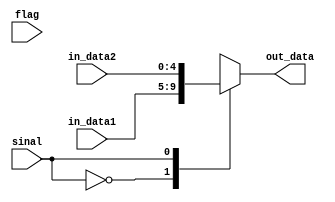
module MUX3(flag, sinal, in_data1, in_data2, out_data);

parameter                    data_bits = 4;
// input                        clk;
input                        sinal;
input 						 flag;
input    [data_bits:0]       in_data1;
input    [data_bits:0]       in_data2;
output   [data_bits:0]       out_data;
reg      [data_bits:0]       out_data;

always @(flag)
begin
    case (sinal)
        2'b00    : out_data = in_data1;
        2'b01    : out_data = in_data2;
        default  : out_data = 5'd31;
    endcase
end

endmodule